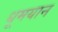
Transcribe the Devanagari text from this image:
धूमयान